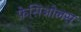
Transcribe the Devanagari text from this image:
फ़ेसिओलस